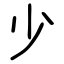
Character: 少